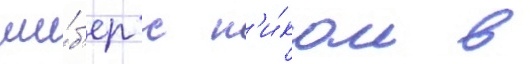
ши́б'ер с н'и́ком в